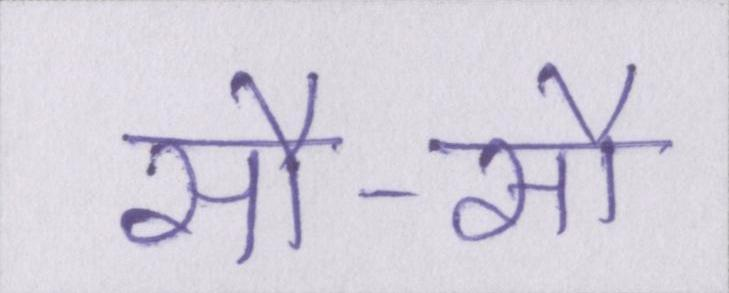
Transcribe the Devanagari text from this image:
सौ-सौ